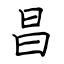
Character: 昌